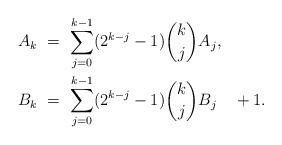
LaTeX: \begin{align*} A_k \ &= \ \sum_{j=0}^{k-1} (2^{k-j} - 1) \binom{k}{j}A_j, \\ B_k \ &= \ \sum_{j=0}^{k-1} (2^{k-j} - 1) \binom{k}{j}B_j \ \ \ + 1. \end{align*}